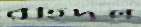
রহিদুল